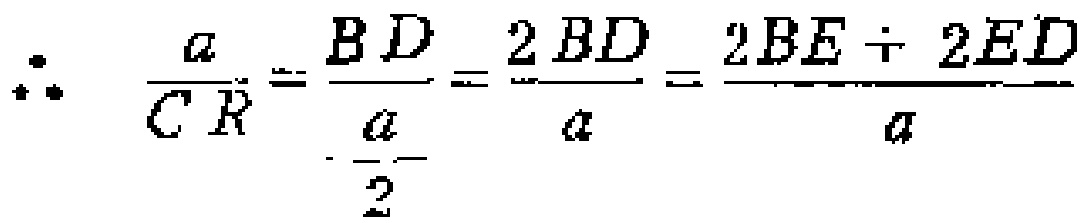
\(\therefore \frac{a}{CR}=\frac{BD}{\frac{a}{2}}=\frac{2BD}{a}=\frac{2BE + 2ED}{a}\)